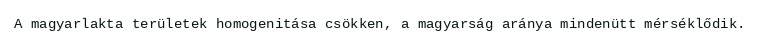
A magyarlakta területek homogenitása csökken, a magyarság aránya mindenütt mérséklődik.